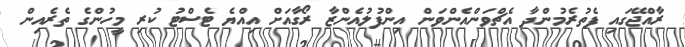
ރާއްޖޭގައި ފެތުރެމުންދާ އެޗްވަންއެންވަން އިންފުލުއެންޒާ ރޯގާއަށް އިއްޔެ ޓެސްޓު ކުރި މީހުންގެ ތެރެއިން